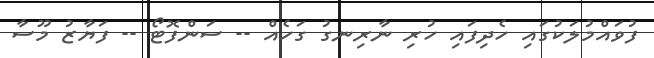
ފުވައްމުލަކުގައި ހެދިފައި ހުރި ނާރިނގު ގަހެއް -- ސަންފޮޓޯ -- ފަޔާޒު މޫސާ